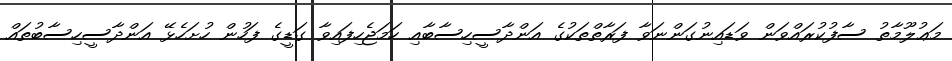
މަޢުލޫމާތު ސާފުކުރައްވަން ވަޑައިނުގަންނަވާ ފަރާތްތަކުގެ އަންދާސީހިސާބާއި ހަމަޖެހިފައިވާ ގަޑީގެ ފަހުން ހުށަހެޅޭ އަންދާސީހިސާބުތައް